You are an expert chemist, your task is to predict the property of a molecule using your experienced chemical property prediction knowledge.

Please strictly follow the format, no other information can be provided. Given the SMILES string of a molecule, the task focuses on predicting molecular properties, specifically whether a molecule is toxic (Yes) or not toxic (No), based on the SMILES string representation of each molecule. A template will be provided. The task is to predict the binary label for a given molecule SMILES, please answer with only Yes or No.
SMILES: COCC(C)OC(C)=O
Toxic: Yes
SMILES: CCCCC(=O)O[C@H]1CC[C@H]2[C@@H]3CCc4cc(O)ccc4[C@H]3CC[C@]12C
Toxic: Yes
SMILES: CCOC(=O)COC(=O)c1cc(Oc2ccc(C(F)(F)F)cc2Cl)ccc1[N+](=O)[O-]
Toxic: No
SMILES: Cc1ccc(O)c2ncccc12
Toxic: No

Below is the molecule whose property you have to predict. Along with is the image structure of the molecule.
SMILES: O=c1[nH]c2ccccc2n1CCCN1CCC(n2c(=O)[nH]c3cc(Cl)ccc32)CC1
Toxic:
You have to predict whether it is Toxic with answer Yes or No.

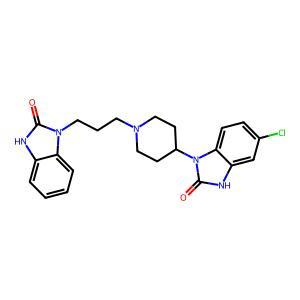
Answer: No